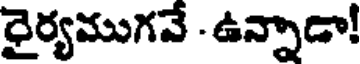
రైర్యముగవే - ఉన్నాడా!